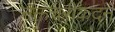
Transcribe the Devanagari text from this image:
नक्तंचरीकदन